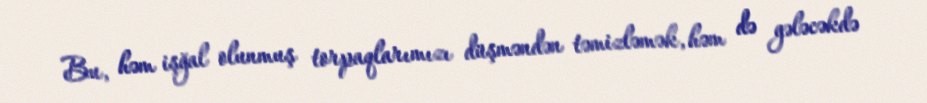
Bu, həm işğal olunmuş torpaqlarımızı düşməndən təmizləmək, həm də gələcəkdə